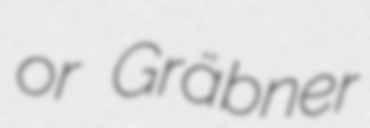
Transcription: or Gräbner